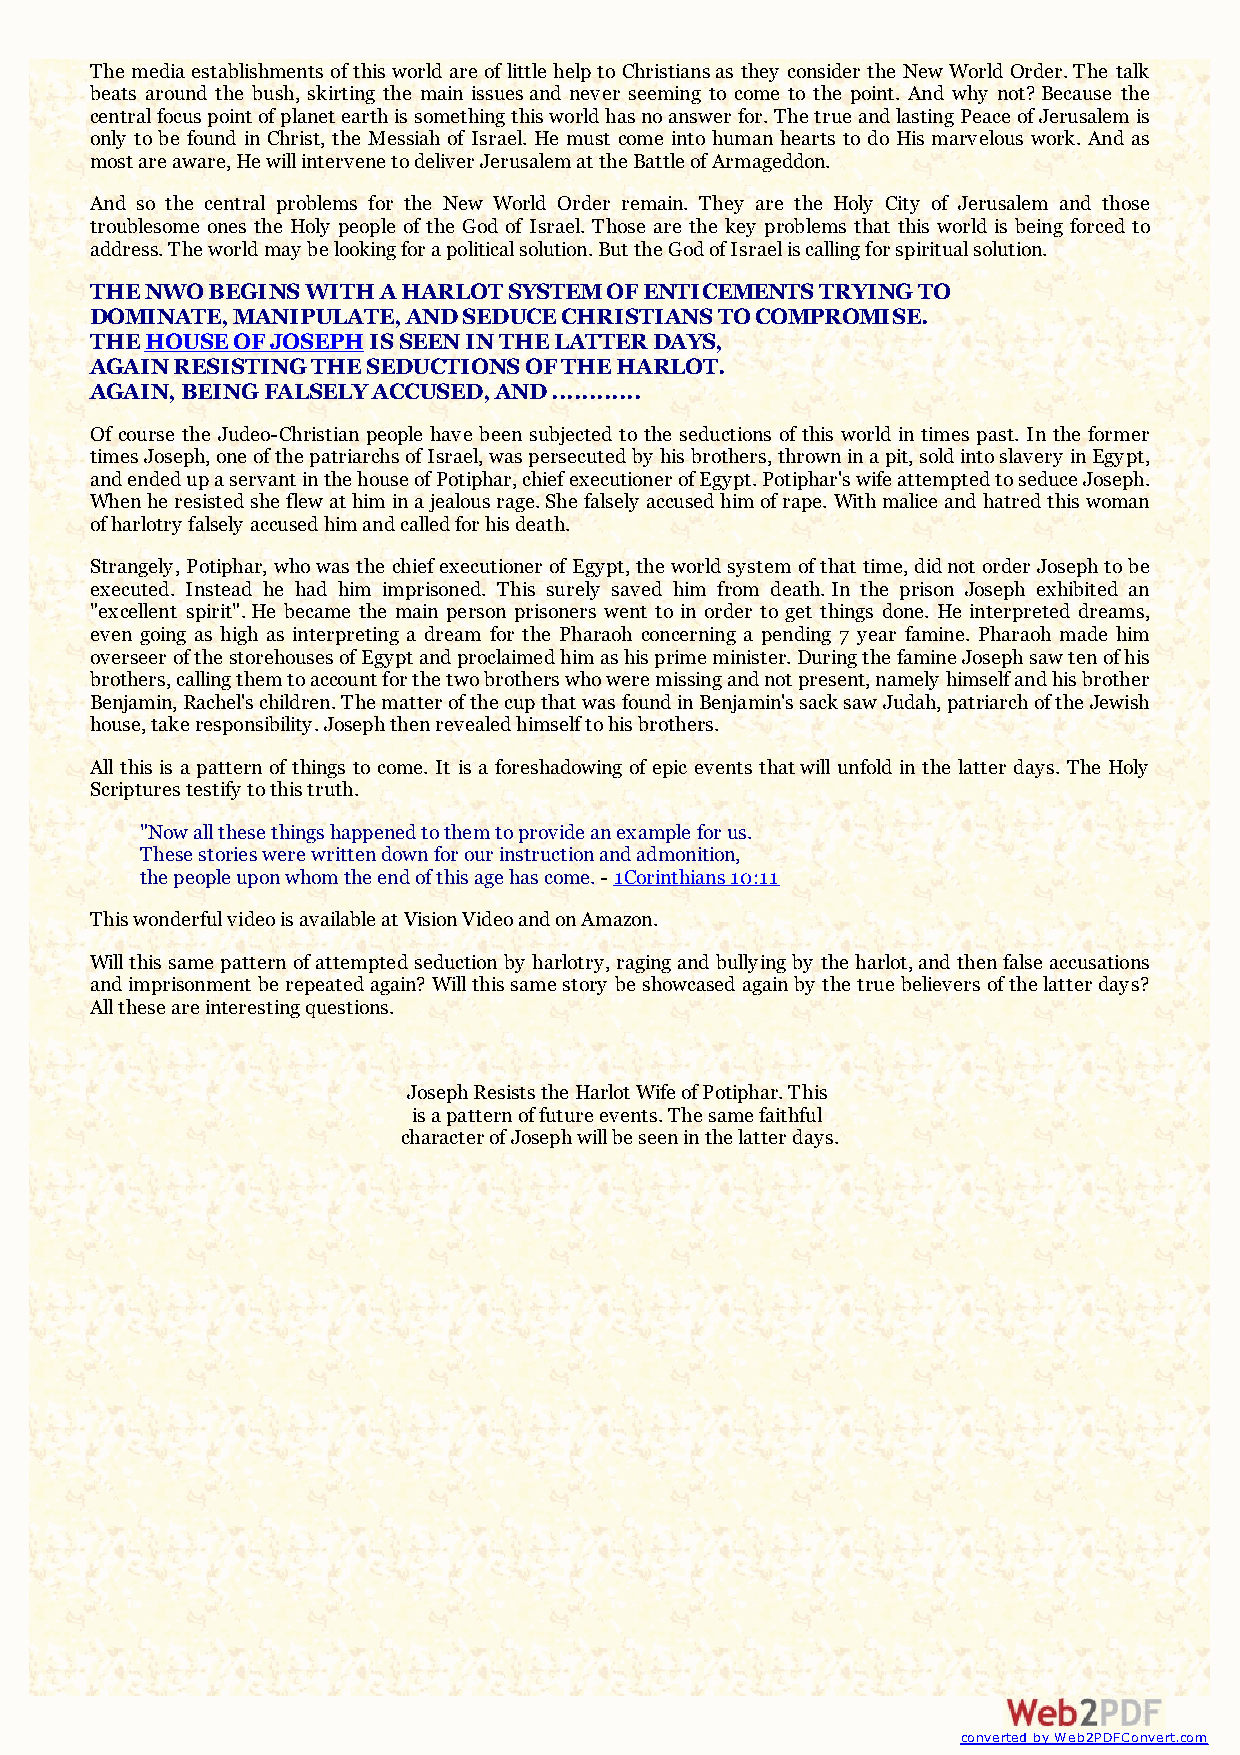
The media establishments of this world are of little help to Christians as they consider the New World Order. The talk
 beats around the bush, skirting the main issues and never seeming to come to the point. And why not? Because the
 central focus point of planet earth is something this world has no answer for. The true and lasting Peace of Jerusalem is
 only to be found in Christ, the Messiah of Israel. He must come into human hearts to do His marvelous work. And as
 most are aware, He will intervene to deliver Jerusalem at the Battle of Armageddon.
 And so the central problems for the New World Order remain. They are the Holy City of Jerusalem and those
 troublesome ones the Holy people of the God of Israel. Those are the key problems that this world is being forced to
 address. The world may be looking for a political solution. But the God of Israel is calling for spiritual solution.
 THE NWO BEGINS WITH A HARLOT SYSTEM OF ENTICEMENTS TRYING TO
 DOMINATE, MANIPULATE, AND SEDUCE CHRISTIANS TO COMPROMISE.
 THE HOUSE OF JOSEPH IS SEEN IN THE LATTER DAYS,
 AGAIN RESISTING THE SEDUCTIONS OF THE HARLOT.
 AGAIN, BEING FALSELY ACCUSED, AND ............
 Of course the Judeo-Christian people have been subjected to the seductions of this world in times past. In the former
 times Joseph, one of the patriarchs of Israel, was persecuted by his brothers, thrown in a pit, sold into slavery in Egypt,
 and ended up a servant in the house of Potiphar, chief executioner of Egypt. Potiphar's wife attempted to seduce Joseph.
 When he resisted she flew at him in a jealous rage. She falsely accused him of rape. With malice and hatred this woman
 of harlotry falsely accused him and called for his death.
 Strangely, Potiphar, who was the chief executioner of Egypt, the world system of that time, did not order Joseph to be
 executed. Instead he had him imprisoned. This surely saved him from death. In the prison Joseph exhibited an
 "excellent spirit". He became the main person prisoners went to in order to get things done. He interpreted dreams,
 even going as high as interpreting a dream for the Pharaoh concerning a pending 7 year famine. Pharaoh made him
 overseer of the storehouses of Egypt and proclaimed him as his prime minister. During the famine Joseph saw ten of his
 brothers, calling them to account for the two brothers who were missing and not present, namely himself and his brother
 Benjamin, Rachel's children. The matter of the cup that was found in Benjamin's sack saw Judah, patriarch of the Jewish
 house, take responsibility. Joseph then revealed himself to his brothers.
 All this is a pattern of things to come. It is a foreshadowing of epic events that will unfold in the latter days. The Holy
 Scriptures testify to this truth.
 "Now all these things happened to them to provide an example for us.
 These stories were written down for our instruction and admonition,
 the people upon whom the end of this age has come. - 1Corinthians 10:11
 This wonderful video is available at Vision Video and on Amazon.
 Will this same pattern of attempted seduction by harlotry, raging and bullying by the harlot, and then false accusations
 and imprisonment be repeated again? Will this same story be showcased again by the true believers of the latter days?
 All these are interesting questions.
 Joseph Resists the Harlot Wife of Potiphar. This
 is a pattern of future events. The same faithful
 character of Joseph will be seen in the latter days.
 converted by Web2PDFConvert.com